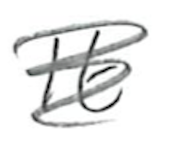
Text: It
Cross-out: mix
Writing tool: pencil